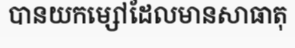
បានយកម្សៅដែលមានសាធាតុ